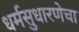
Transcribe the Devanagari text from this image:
धर्मसुधारणेचा